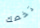
تخصك